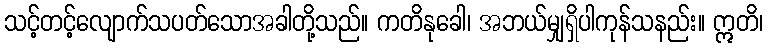
သင့်တင့်လျောက်သပတ်သောအခါတို့သည်။ ကတိနုခေါ၊ အဘယ်မျှရှိပါကုန်သနည်း။ ဣတိ၊